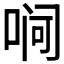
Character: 𪡛